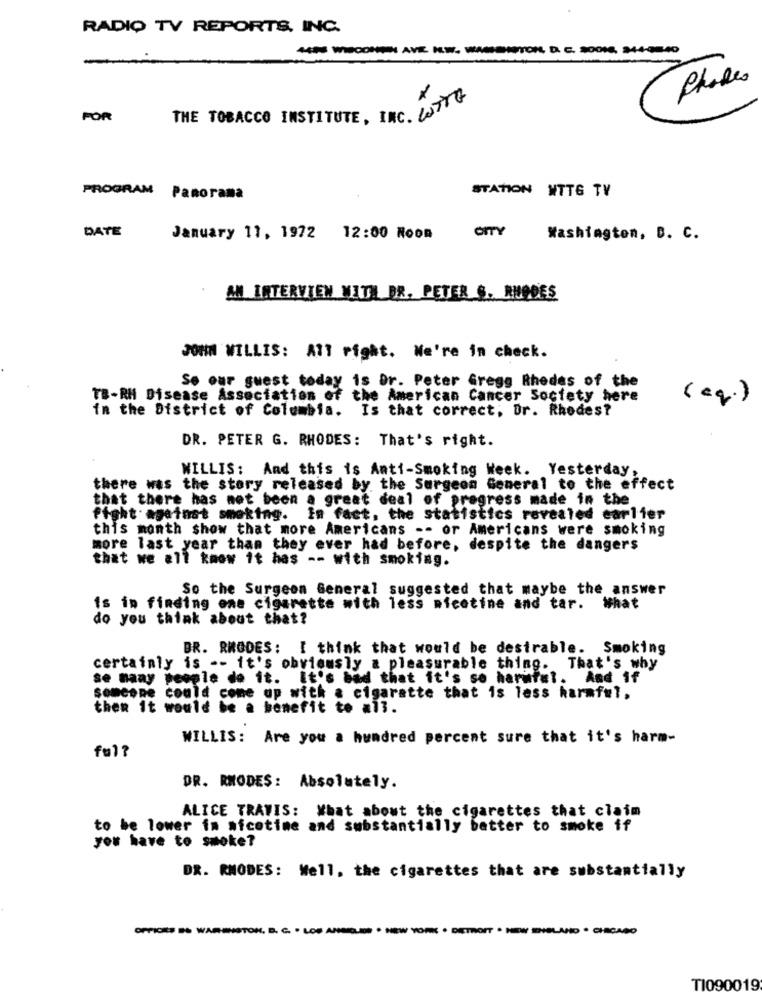
RADIO TV REPORTS, INC.
C. SOONS, 244-98540
Phones
FOR
THE TOBACCO INSTITUTE, INC. ESTIG
PROGRAM Panorama
STATION WTTG TV
DATE
January 11, 1972 12:00 Room
Washington, D. C.
AN INTERVIEW WITH DR. PETER S. RUGDES
JOHN WILLIS: All right. We're in check.
Se our guest today is Or. Peter Gregg Rhodes of the
TB-RH Disease Association of the American Cancer Society here
(eg.)
in the District of Columbia. Is that correct; Ur. Rhodes?
DR. PETER G. RHODES: That's right.
WILLIS: And this is Anti-Smoking Week. Yesterday,
there was the story released by the Surgeon General to the effect
that there has not been a great deal of progress made in the
fight against smoking. In fact, the statistics revealed carlier
this month show that more Americans -- or Americans were smoking
more last year than they ever had before, despite the dangers
that we all know it has -- with smoking.
So the Surgeon General suggested that maybe the answer
is in finding one cigarette with less nicotine and tar. What
do you think about that?
BR. RHODES: I think that would be desirable. Smoking
certainly is -- it's obviously a pleasurable thing. That's why
se many people do it. It's bad that it's so harmful. And if
someone could come up with a cigarette that is less harmful,
then it would be a benefit to al3.
WILLIS: Are you a hundred percent sure that it's harm-
fu1?
DR. RHODES: Absolutely.
ALICE TRAVIS: What about the cigarettes that claim
to be lower in sicotime and substantially better to smoke if
you have to smoke?
DR. RHODES: Well, the cigarettes that are substantially
TOM. D.
TI090019